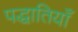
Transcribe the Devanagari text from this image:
पद्धातियाँ